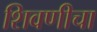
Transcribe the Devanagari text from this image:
शिवणीचा